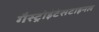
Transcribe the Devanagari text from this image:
गैस्ट्रोइंटेसटाइनल